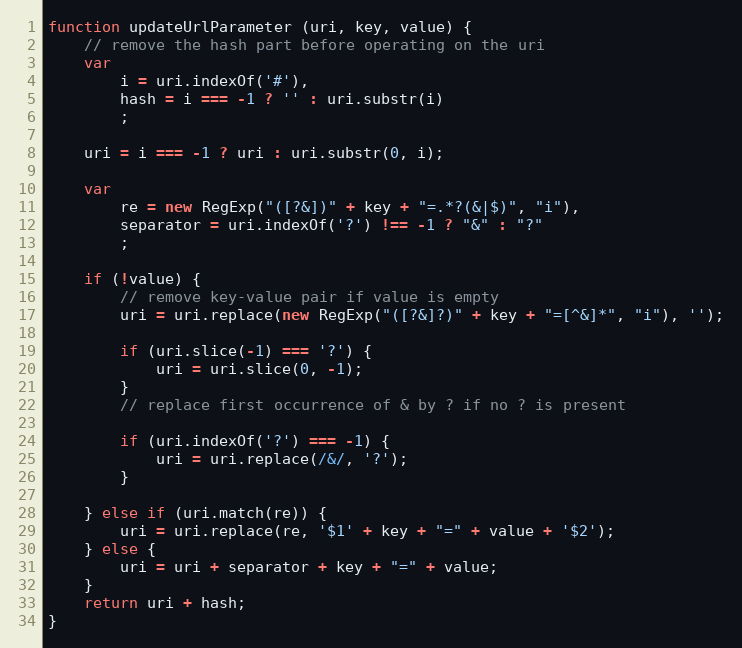
Language: JavaScript
function updateUrlParameter (uri, key, value) {
	// remove the hash part before operating on the uri
	var
		i = uri.indexOf('#'),
		hash = i === -1 ? '' : uri.substr(i)
		;

	uri = i === -1 ? uri : uri.substr(0, i);

	var
		re = new RegExp("([?&])" + key + "=.*?(&|$)", "i"),
		separator = uri.indexOf('?') !== -1 ? "&" : "?"
		;

	if (!value) {
		// remove key-value pair if value is empty
		uri = uri.replace(new RegExp("([?&]?)" + key + "=[^&]*", "i"), '');

		if (uri.slice(-1) === '?') {
			uri = uri.slice(0, -1);
		}
		// replace first occurrence of & by ? if no ? is present

		if (uri.indexOf('?') === -1) {
			uri = uri.replace(/&/, '?');
		}

	} else if (uri.match(re)) {
		uri = uri.replace(re, '$1' + key + "=" + value + '$2');
	} else {
		uri = uri + separator + key + "=" + value;
	}
	return uri + hash;
}